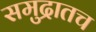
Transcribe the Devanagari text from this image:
समुद्रातच